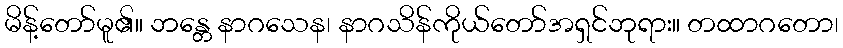
မိန့်တော်မူ၏။ ဘန္တေ နာဂသေန၊ နာဂသိန်ကိုယ်တော်အရှင်ဘုရား။ တထာဂတော၊